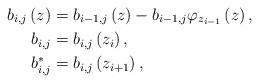
LaTeX: \begin{align*}b_{i,j}\left( z\right) & =b_{i-1,j}\left( z\right) -b_{i-1,j}\varphi_{z_{i-1}}\left( z\right) ,\\b_{i,j} & =b_{i,j}\left( z_{i}\right) ,\\b_{i,j}^{\ast} & =b_{i,j}\left( z_{i+1}\right) ,\end{align*}